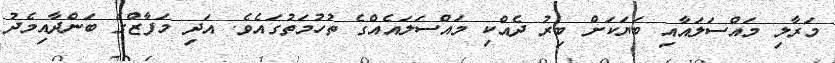
މަރާލި މައްސަލައާއި ބަޔަކަށް ބިރު ދެއްކި މައްސަލައެއްގެ ތުހުމަތުގައެވެ. އަދި މަފާޒްގެ ބަންދާއިމެދު